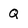
Character: Q